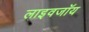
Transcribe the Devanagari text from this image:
लाइवजॉय